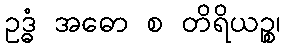
ဥဒ္ဓံ အဓော စ တိရိယဉ္စ၊